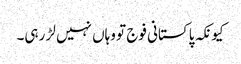
کیونکہ پاکستانی فوج تو وہاں نہیں لڑ رہی۔